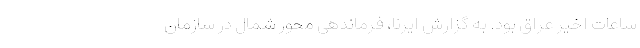
ساعات اخیر عراق بود. به گزارش ایرنا، فرماندهی محور شمال در سازمان